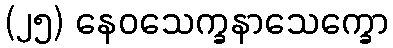
(၂၅) နေဝသေက္ခနာသေက္ခော